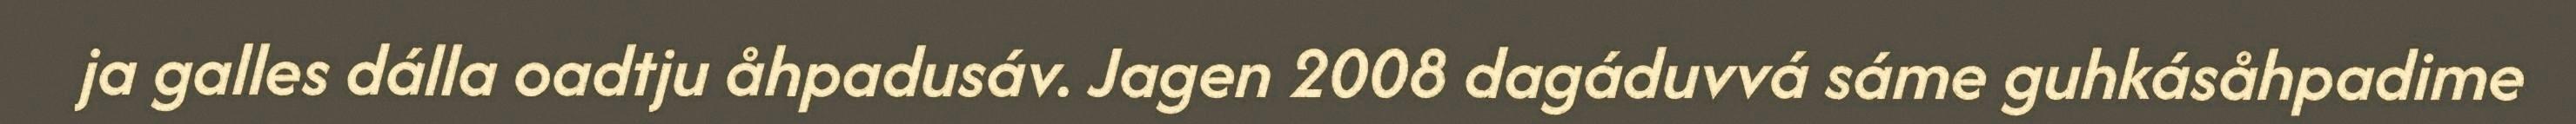
ja galles dálla oadtju åhpadusáv. Jagen 2008 dagáduvvá sáme guhkásåhpadime